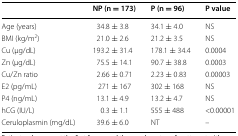
<table><thead><tr><td></td><td><b>NP (n = 173)</b></td><td><b>P (n = 96)</b></td><td><b>P value</b></td></tr></thead><tbody><tr><td>Age (years)</td><td>34.8 ± 3.8</td><td>34.1 ± 4.0</td><td>NS</td></tr><tr><td>BMI (kg/m<sup>2</sup>)</td><td>21.0 ± 2.6</td><td>21.2 ± 3.5</td><td>NS</td></tr><tr><td>Cu (μg/dL)</td><td>193.2 ± 31.4</td><td>178.1 ± 34.4</td><td>0.0004</td></tr><tr><td>Zn (μg/dL)</td><td>75.5 ± 14.1</td><td>90.7 ± 38.8</td><td>0.0003</td></tr><tr><td>Cu/Zn ratio</td><td>2.66 ± 0.71</td><td>2.23 ± 0.83</td><td>0.00003</td></tr><tr><td>E2 (pg/mL)</td><td>271 ± 167</td><td>302 ± 168</td><td>NS</td></tr><tr><td>P4 (ng/mL)</td><td>13.1 ± 4.9</td><td>13.2 ± 4.7</td><td>NS</td></tr><tr><td>hCG (IU/L)</td><td>0.3 ± 1.1</td><td>555 ± 488</td><td>&lt;0.00001</td></tr><tr><td>Ceruloplasmin (mg/dL)</td><td>39.6 ± 6.0</td><td>NT</td><td>–</td></tr></tbody></table>